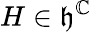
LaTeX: H\in{\mathfrak{h}}^{\mathbb{C}}